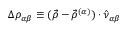
\Delta \rho _ { \alpha \beta } \equiv ( \vec { \rho } - \vec { \rho } ^ { ( \alpha ) } ) \cdot \hat { \nu } _ { \alpha \beta }